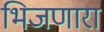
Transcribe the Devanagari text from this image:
भिजणारा